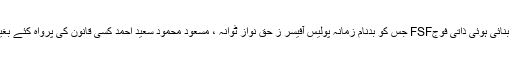
بھٹو صاحب کی بنائی ہوئی ذاتی فوجFSF جس کو بدنامِ زمانہ پولیس آفیسر ز حق نواز ٹوانہ ، مسعود محمود سعید احمد کسی قانون کی پرواہ کئے بغیر چلاتے تھے ۔